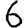
Digit: 6